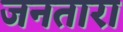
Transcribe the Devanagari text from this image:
जनतारा